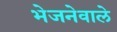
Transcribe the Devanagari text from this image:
भेजनेवाले